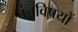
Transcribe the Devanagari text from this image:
पंचविषयों